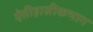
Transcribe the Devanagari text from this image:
ऐतीहासीकभाग